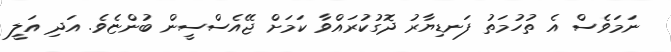
ނަމަވެސް އެ ތުހުމަތު ފަނޑިޔާރު ދޮގުކުރައްވާ ކަމަށް ޖޭއެސްސީން ބުންޏެވެ. އަދި އަލީ